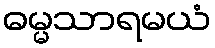
ဓမ္မသာရမယံ